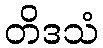
တိဒသံ